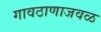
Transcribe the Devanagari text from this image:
गावठाणाजवळ